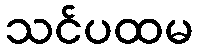
သင်ပထမ